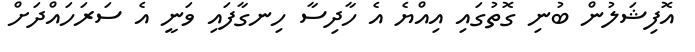
އޮފިޝަލުން ބުނި ގޮތުގައި އިއްޔެ އެ ހާދިސާ ހިނގާފައި ވަނީ އެ ސަރަހައްދަށް